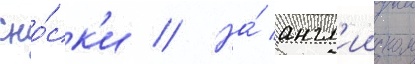
Сно́ск'и // На́ англ'ииском